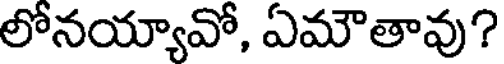
లోనయ్యావో, ఏమౌతావు?